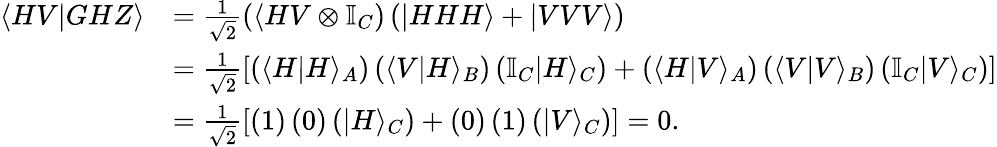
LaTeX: \begin{array}{rl}{\langle HV|GHZ\rangle}&{=\frac{1}{\sqrt{2}}(\langle HV\otimes\mathbb{I}_{C})\left(|HHH\rangle+|VVV\rangle\right)}\\ &{=\frac{1}{\sqrt{2}}\left[\left(\langle H|H\rangle_{A}\right)\left(\langle V|H\rangle_{B}\right)\left(\mathbb{I}_{C}|H\rangle_{C}\right)+\left(\langle H|V\rangle_{A}\right)\left(\langle V|V\rangle_{B}\right)\left(\mathbb{I}_{C}|V\rangle_{C}\right)\right]}\\ &{=\frac{1}{\sqrt{2}}\left[\left(1\right)\left(0\right)\left(|H\rangle_{C}\right)+\left(0\right)\left(1\right)\left(|V\rangle_{C}\right)\right]=0.}\end{array}